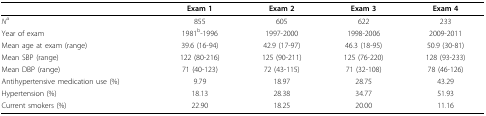
<table><thead><tr><td></td><td><b>Exam 1</b></td><td><b>Exam 2</b></td><td><b>Exam 3</b></td><td><b>Exam 4</b></td></tr></thead><tbody><tr><td><i>N</i><sup>a</sup></td><td>855</td><td>605</td><td>622</td><td>233</td></tr><tr><td>Year of exam</td><td>1981<sup>b</sup>-1996</td><td>1997-2000</td><td>1998-2006</td><td>2009-2011</td></tr><tr><td>Mean age at exam (range)</td><td>39.6 (16-94)</td><td>42.9 (17-97)</td><td>46.3 (18-95)</td><td>50.9 (30-81)</td></tr><tr><td>Mean SBP (range)</td><td>122 (80-216)</td><td>125 (90-211)</td><td>125 (76-220)</td><td>128 (93-233)</td></tr><tr><td>Mean DBP (range)</td><td>71 (40-123)</td><td>72 (43-115)</td><td>71 (32-108)</td><td>78 (46-126)</td></tr><tr><td>Antihypertensive medication use (%)</td><td>9.79</td><td>18.97</td><td>28.75</td><td>43.29</td></tr><tr><td>Hypertension (%)</td><td>18.13</td><td>28.38</td><td>34.77</td><td>51.93</td></tr><tr><td>Current smokers (%)</td><td>22.90</td><td>18.25</td><td>20.00</td><td>11.16</td></tr></tbody></table>